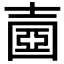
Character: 𡔶